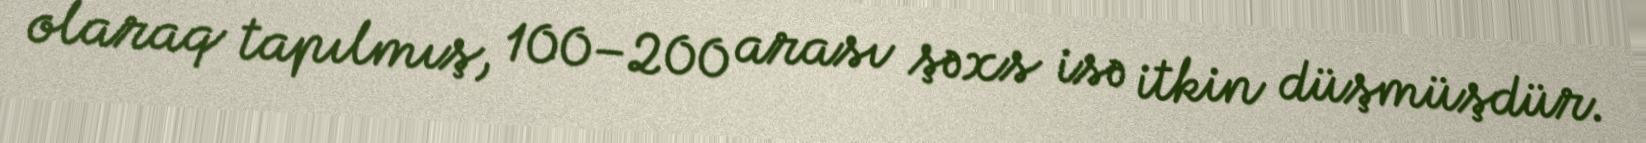
olaraq tapılmış, 100–200 arası şəxs isə itkin düşmüşdür.